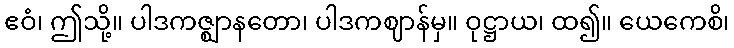
ဧဝံ၊ ဤသို့။ ပါဒကဇ္ဈာနတော၊ ပါဒကဈာန်မှ။ ဝုဋ္ဌာယ၊ ထ၍။ ယေကေစိ၊